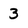
Character: 3